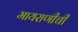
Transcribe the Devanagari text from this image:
मायराणीची